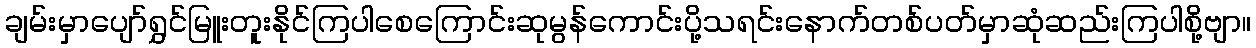
ချမ်းမှာပျော်ရွှင်မြူးတူးနိုင်ကြပါစေကြောင်းဆုမွန်ကောင်းပို့သရင်းနောက်တစ်ပတ်မှာဆုံဆည်းကြပါစို့ဗျာ။